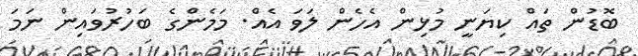
ބޮޑުން ތައް ކިޔަނީ މުޅިން އެހެން ލަވަ އެއް. މަމެންގެ ބަހުރުވައިން ނަމަ